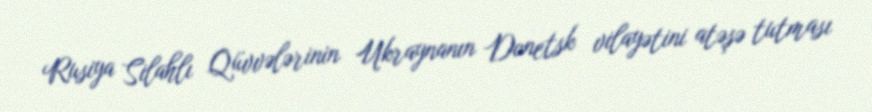
Rusiya Silahlı Qüvvələrinin Ukraynanın Donetsk vilayətini atəşə tutması